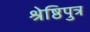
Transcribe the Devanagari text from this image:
श्रेष्ठिपुत्र